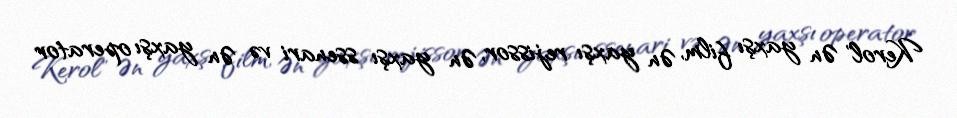
Kerol" Ən yaxşı film, Ən yaxşı rejissor, Ən yaxşı ssenari və Ən yaxşı operator